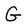
Character: G